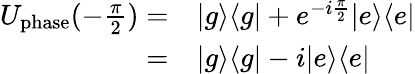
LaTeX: \begin{array}{rl}{U_{\mathrm{phase}}(-\frac{\pi}{2})=}&{{}|g\rangle\langle g|+e^{-i\frac{\pi}{2}}|e\rangle\langle e|}\\ {=}&{{}|g\rangle\langle g|-i|e\rangle\langle e|}\end{array}